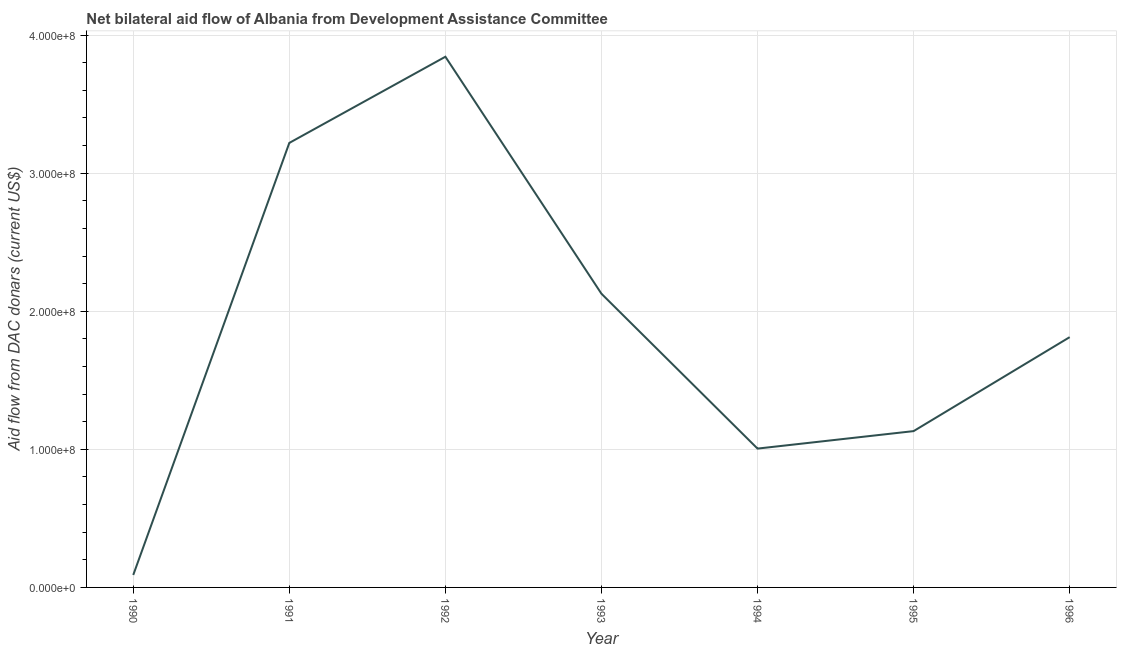
| Year | Net bilateral aid flows from DAC donors |
 | --- | --- |
 | 1990 | 9.02e+06 |
 | 1991 | 3.22e+08 |
 | 1992 | 3.84e+08 |
 | 1993 | 2.13e+08 |
 | 1994 | 1.01e+08 |
 | 1995 | 1.13e+08 |
 | 1996 | 1.81e+08 |